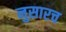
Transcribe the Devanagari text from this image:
नुसारच